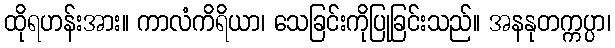
ထိုရဟန်းအား။ ကာလံကိရိယာ၊ သေခြင်းကိုပြုခြင်းသည်။ အနနုတက္ကပ္ပာ၊